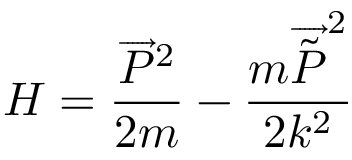
H = \frac { \overrightarrow { P } ^ { 2 } } { 2 m } - \frac { m \overrightarrow { \tilde { P } } ^ { 2 } } { 2 k ^ { 2 } }